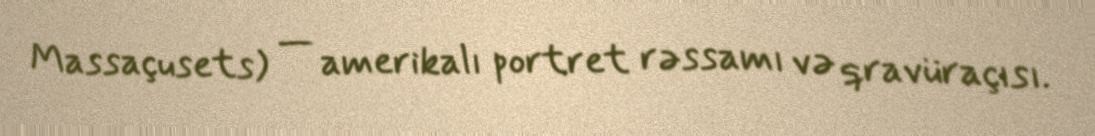
Massaçusets) — amerikalı portret rəssamı və qravüraçısı.